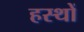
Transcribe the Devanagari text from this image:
हस्थों